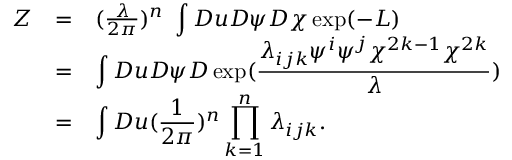
\begin{array} { l l l } { { Z } } & { { = } } & { { ( \frac { \lambda } { 2 \pi } ) ^ { n } \ \displaystyle \int { \cal D } u { \cal D } \psi { \cal D } \chi \exp ( - L ) } } \\ { { ~ } } & { { = } } & { { \displaystyle \int { \cal D } u { \cal D } \psi { \cal D } \exp ( \frac { \lambda _ { i j k } \psi ^ { i } \psi ^ { j } \chi ^ { 2 k - 1 } \chi ^ { 2 k } } { \lambda } ) } } \\ { { ~ } } & { { = } } & { { \displaystyle \int { \cal D } u ( \frac { 1 } { 2 \pi } ) ^ { n } \prod _ { k = 1 } ^ { n } \lambda _ { i j k } . } } \end{array}